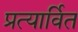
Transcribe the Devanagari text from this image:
प्रत्यार्वित